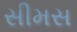
સીમસ